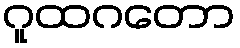
ဂူထဂတော